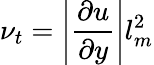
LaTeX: \nu_{t}=\left|{\frac{\partial u}{\partial y}}\right|l_{m}^{2}